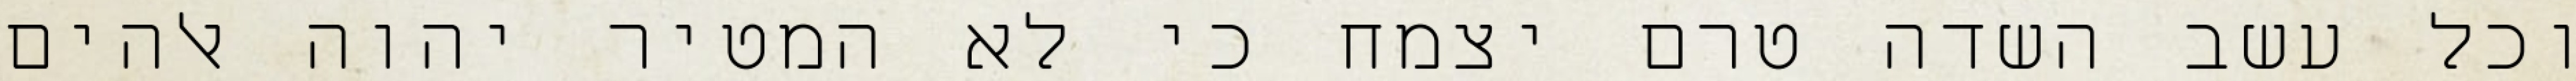
וכל עשב השדה טרם יצמח כי לא המטיר יהוה אלהים